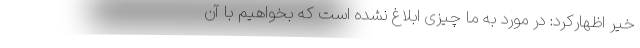
خیر اظهارکرد: در مورد به ما چیزی ابلاغ نشده است که بخواهیم با آن